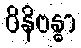
ဝိနိဗန္ဓာ